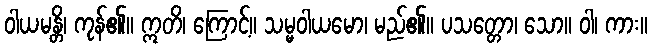
ဝါယမန္တိ၊ ကုန်၏။ ဣတိ၊ ကြောင့်။ သမ္မဝါယမော၊ မည်၏။ ပသတ္တော၊ သော။ ဝါ၊ ကား။